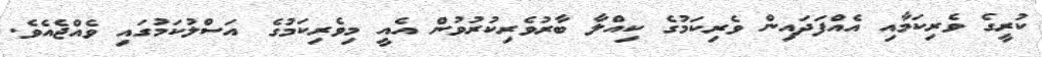
ކުރީގެ ވެރިކަމާއި އެއްފަދައިން ވެރިކަމުގެ ކިއްލާ ބާރުވެރިކުރުވުން އެއީ މިވެރިކަމުގެ އަސްލުކަމުގައި ވެއްޖެއެވެ.